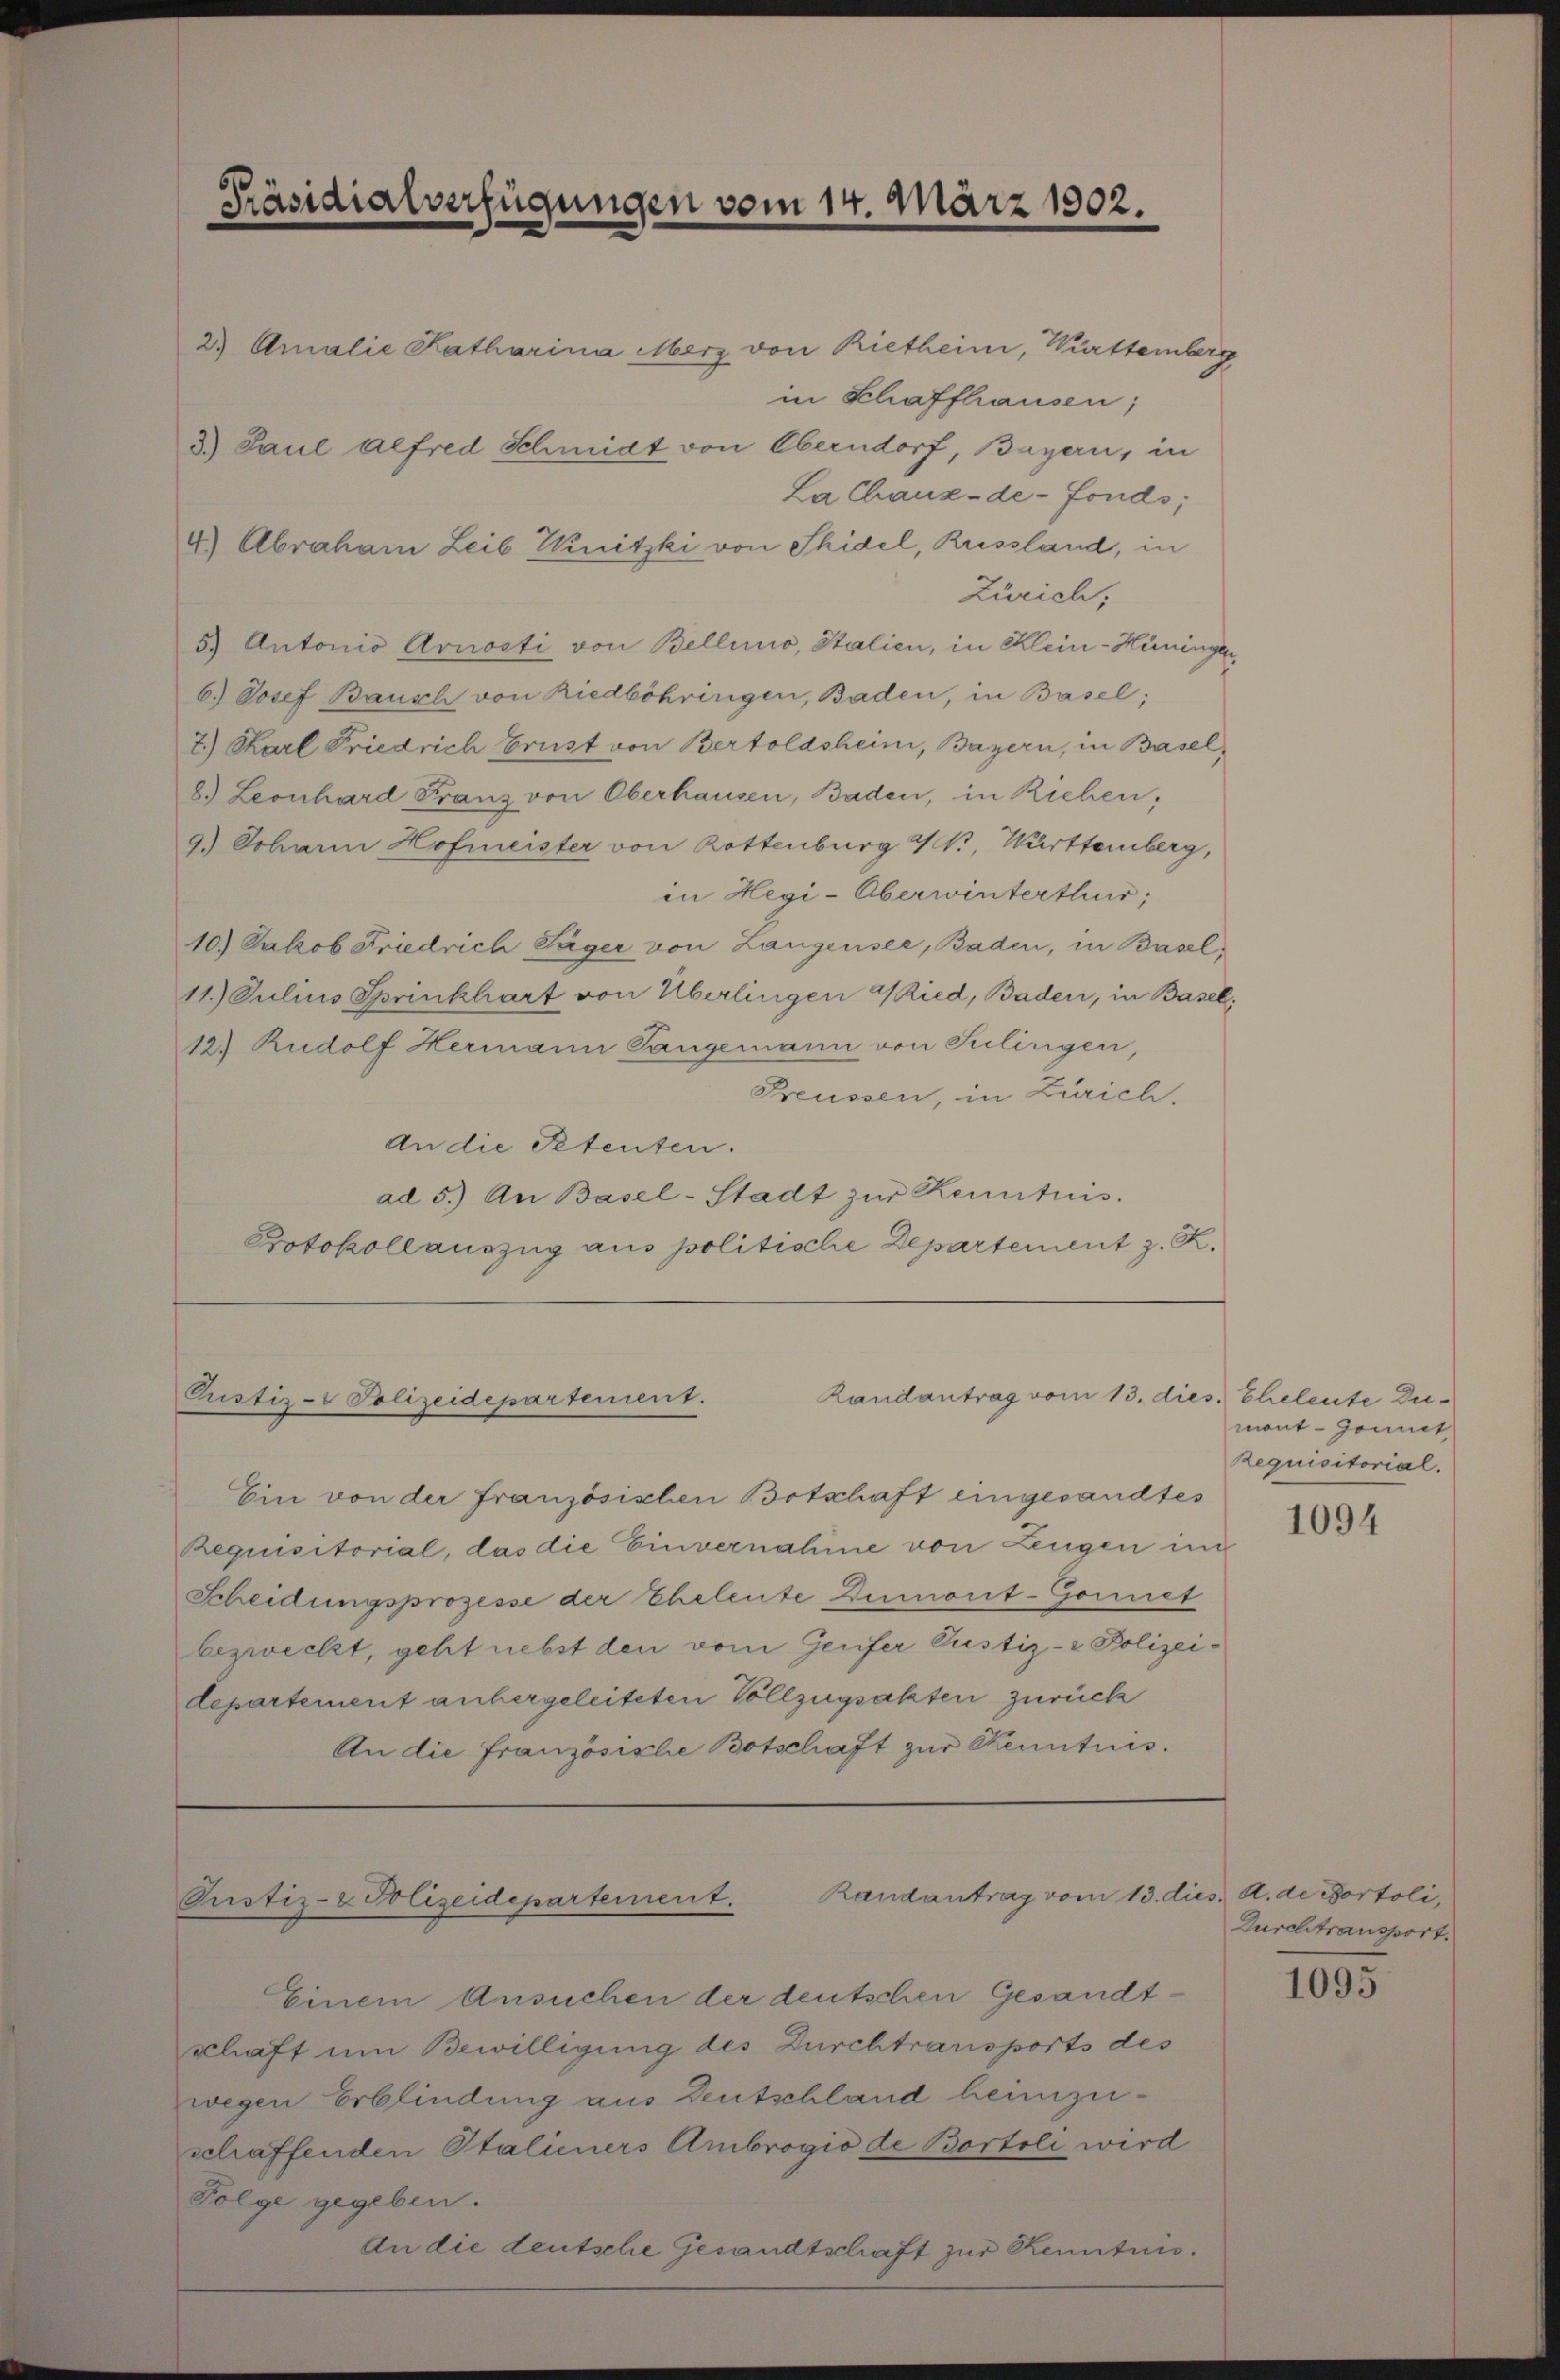
60.
Präsidialverfügungen vom 14. März 1902.

3.) Paul Alfred Schmidt von Oberndorf, Bayern, in

2) Amalie Katharina Merz von Rietheim, Württemberg
La Chaux-de-Fonds;
4.) Abraham Leib Winitzki von Shidel, Russland, in
Zürich,
5) Antonio Arnosti von Bellino, Italien, in Klein-Hüninger
6.) Josef Bausch von Riedböhringen, Baden, in Basel;
7.) Karl Friedrich Brust von Bertoldsheim, Bayern, in Basel,
8.) Leonhard Franz von Oberhausen, Baden, in Riehen;
9.) Johann Hofmeister von Rottenburg NNo. Württemberg,
in Hegi-Überwinterthur;
10.) Jakob Friedrich Säger von Langensee, Baden, in Basel,
11. Julius Sprinkhart von Überlingen Ried, Baden, in Basel,
12) Rudolf Hermann Sangemann von Julirigen,
Preussen, in Zürich.
An die Stenten.
ad 5.) An Basel-Stadt zŭr Kenntnis.
Protokollauszug aus politische Departement z. R.

Randantrag vom 13. dies Eheleute Di¬
Pristiz- & Polizeidepartement.

Randantrag vom 13. d
Pustiz- & Polizeidepartement.

in Schaffhausen;

Ein von der Französischen Botschaft eingesandtes
Requisitorial, das die Einvernahme von Zeugen in
Scheidungsprozesse der Eheleute Dumont-Gonnet
bezweckt, geht nebst den vom Genfer Justiz- & Polizei-
departement anhergeleiteten Vollzugsakten zurück
An die Französische Botschaft zur Kenntnis.

mont-Gommit
Requisitorial.

Einem Ansuchen der deutschen Gesandtschaft um Bewilligung des Durchtransports des
wegen Erblindung aus Deutschland heimzuschaffenden Stalieners Ambrogio de Bostoli wird
Folge gegeben.
An die deutsche Gesandtschaft zur Kenntnis.

1094

es. A. de Portoli,
Durchtransport.

1095